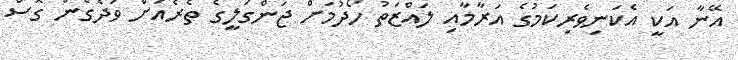
އޭނާ އަކީ އެކަނިވެރިކަމުގެ އަރާމާއި ލައްޒަތު ހޯދުމަށް ޖަންގަލީގެ ތެރެއަށް ވަދެގެން ގޮސް